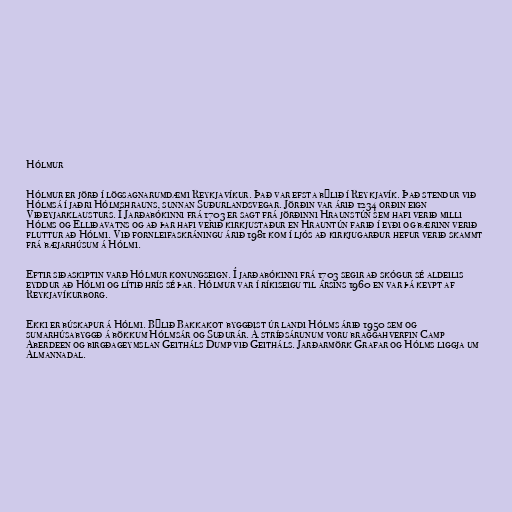
Hólmur

Hólmur er jörð í lögsagnarumdæmi Reykjavíkur. Það var efsta býlið í Reykjavík. Það stendur við
Hólmsá í jaðri Hólmshrauns, sunnan Suðurlandsvegar. Jörðin var árið 1234 orðin eign
Viðeyjarklausturs. Í Jarðabókinni frá 1703 er sagt frá jörðinni Hraunstún sem hafi verið milli
Hólms og Elliðavatns og að þar hafi verið kirkjustaður en Hrauntún farið í eyði og bærinn verið
fluttur að Hólmi. Við fornleifaskráningu árið 1981 kom í ljós að kirkjugarður hefur verið skammt
frá bæjarhúsum á Hólmi.

Eftir siðaskiptin varð Hólmur konungseign. Í jarðabókinni frá 1703 segir að skógur sé aldeilis
eyddur að Hólmi og lítið hrís sé þar. Hólmur var í ríkiseigu til ársins 1960 en var þá keypt af
Reykjavíkurborg.

Ekki er búskapur á Hólmi. Býlið Bakkakot byggðist úr landi Hólms árið 1950 sem og
sumarhúsabyggð á bökkum Hólmsár og Suðurár. Á stríðsárunum voru braggahverfin Camp
Aberdeen og birgðageymslan Geitháls Dump við Geitháls. Jarðarmörk Grafar og Hólms liggja um
Almannadal.